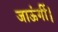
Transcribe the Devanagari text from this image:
जाऊंगीं।